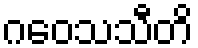
ဂဝေသသီတိ